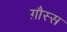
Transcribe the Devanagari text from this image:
ग़ौस्स